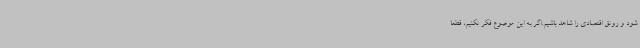
شود و رونق اقتصادی را شاهد باشیم.اگر به این موضوع فکر نکنیم، قطعاً